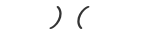
) (